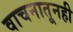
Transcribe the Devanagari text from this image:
वाचनातूनही